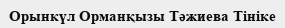
Орынкүл Орманқызы Тәжиева Тініке